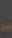
-